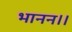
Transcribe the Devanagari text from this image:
भानन।।